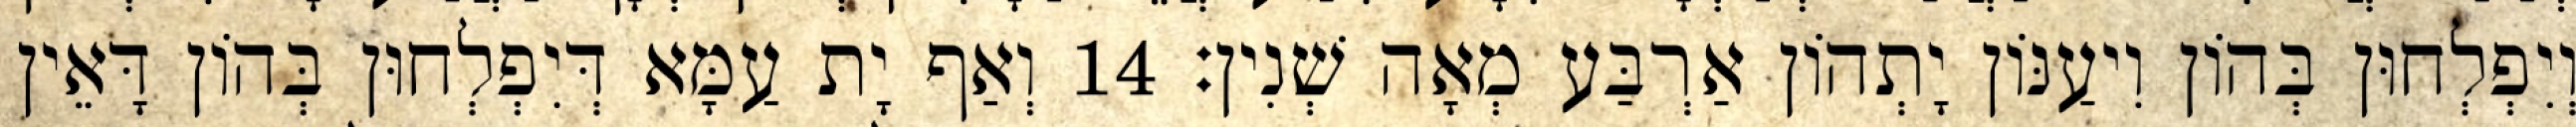
וְיִפְלְחוּן בְּהוֹן וִיעַנּוֹן יָתְהוֹן אַרְבַּע מְאָה שְׁנִין׃ 14 וְאַף יָת עַמָּא דְּיִפְלְחוּן בְּהוֹן דָּאֵין